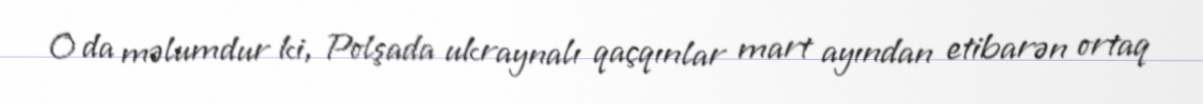
O da məlumdur ki, Polşada ukraynalı qaçqınlar mart ayından etibarən ortaq